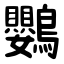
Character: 鸚